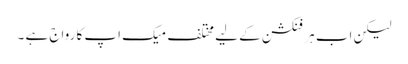
لیکن اب ہر فنکشن کے لیے مختلف میک اپ کا رواج ہے ۔